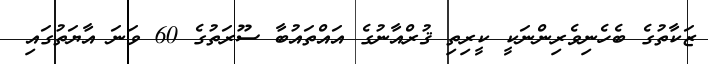
ޒަކާތުގެ ބެހެނިވެރިންނަކީ ކީރިތި ޤުރްއާނުގެ އައްތައުބާ ސޫރަތުގެ 60 ވަނަ އާޔަތުގައި